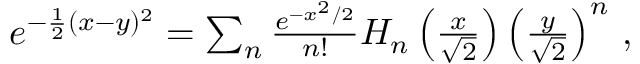
\begin{array} { r } { e ^ { - \frac { 1 } { 2 } ( x - y ) ^ { 2 } } = \sum _ { n } \frac { e ^ { - x ^ { 2 } / 2 } } { n ! } H _ { n } \left( \frac { x } { \sqrt { 2 } } \right) \left( \frac { y } { \sqrt { 2 } } \right) ^ { n } \, , } \end{array}